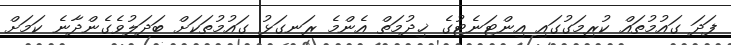
ފަދަ ގައުމުތައް ކުރިމަގުގައި އިންޓަނެޓުގެ ޚިދުމަތް އެންމެ ރަނގަޅު ގައުމުތަކަށް ބަދަލުވެގެންދާނެ ކަމަށް